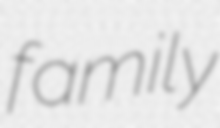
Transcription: family